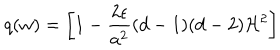
LaTeX: q ( w ) = \biggl [ 1 - \frac { 2 \epsilon } { a ^ { 2 } } ( d - 1 ) ( d - 2 ) { \cal H } ^ { 2 } \biggr ]